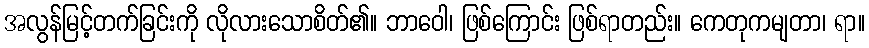
အလွန်မြင့်တက်ခြင်းကို လိုလားသောစိတ်၏။ ဘာဝေါ၊ ဖြစ်ကြောင်း ဖြစ်ရာတည်း။ ကေတုကမျတာ၊ ရာ။